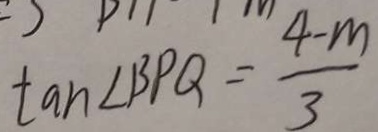
\tan \angle B P Q = \frac { 4 - m } { 3 }